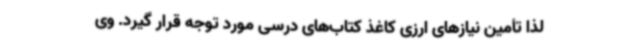
لذا تأمین نیازهای ارزی کاغذ کتاب‌های درسی مورد توجه قرار گیرد. وی